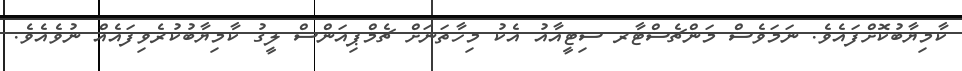
ކާމިޔާބުކޮށްފައެވެ. ނަމަވެސް މަންޗެސްޓާރ ސިޓީއާއު އެކު މިހާތަނަށް ޗެމްޕިއަންސް ލީގު ކާމިޔާބުކުރެވިފައެއް ނުވެއެވެ.